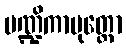
မဏ္ဍိကာပုတ္တော